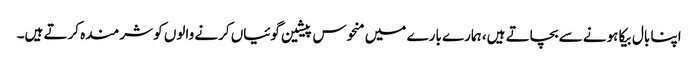
اپنا بال بیکا ہونے سے بچاتے ہیں، ہمارے بارے میں منحوس پیشین گوئیاں کرنے والوں کو شرمندہ کرتے ہیں۔